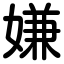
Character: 嫌